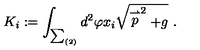
K _ { i } : = \int _ { \sum _ { ( 2 ) } } d ^ { 2 } \varphi x _ { i } \sqrt { \stackrel { \rightharpoonup } { p } ^ { 2 } + g } \ .